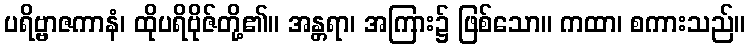
ပရိဗ္ဗာဇကာနံ၊ ထိုပရိဗိုဇ်တို့၏။ အန္တရာ၊ အကြား၌ ဖြစ်သော။ ကထာ၊ စကားသည်။